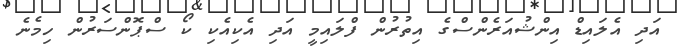
އަދި އެލައިޑް އިންޝުއަރެންސްގެ އިތުރުން ފްލައިމީ އަދި އެކިއެކި ކޯ ސްޕޮންސަރުން ހިމެނެ